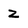
Character: z